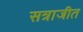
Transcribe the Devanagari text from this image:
सत्राजीत